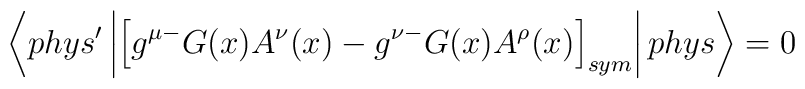
\left \langle phys' \left| \left[ g^{\mu -}G(x)A^\nu(x) - g^{\nu -}G(x)A^{\rho}(x) \right]_{sym}\right| phys \right \rangle  = 0